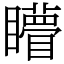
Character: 矒